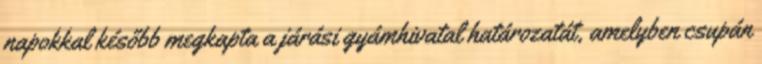
napokkal később megkapta a járási gyámhivatal határozatát, amelyben csupán